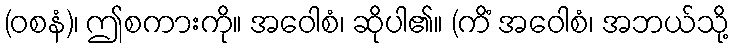
(ဝစနံ)၊ ဤစကားကို။ အဝေါစံ၊ ဆိုပါ၏။ (ကိံ အဝေါစံ၊ အဘယ်သို့